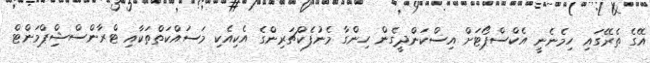
އޭގެ ތެރޭގައި ހިމެނެނީ އެކްސްޕޯޓަށް އިސްކަންދީގެން ހިންގާ މެނުފެކްޗަރިންގެ އެކިއެކި މަސައްކަތްތަކާއި ޓްރާންސްޝިްޕްމަންޓް